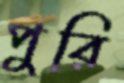
পুরি